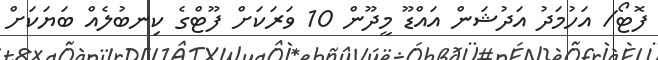
ފޮޓޯ/ އަހުމަދު އަދުޝަން އައްޑޫ މީދޫން 10 ވަރަކަށް ފޫޓްގެ ކިނބުލެއް ބަޔަކަށް